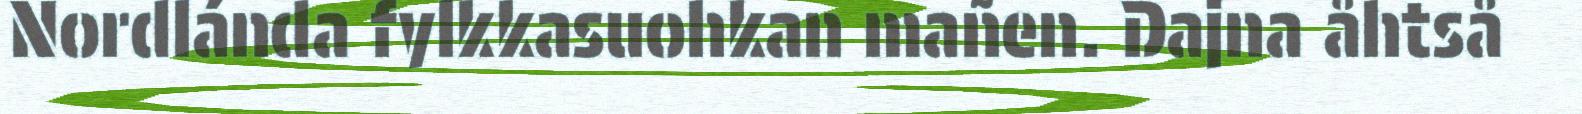
Nordlánda fylkkasuohkan mañen. Dajna åhtså